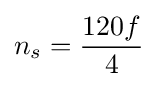
n_{s}={120f \over 4}